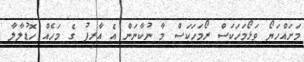
މަށައްހަޔޯ ވަޅޯމަހަކަސް ރޯމަހަކަސް މާ ނުކާނަން އެ އާރިފު ގެ މަހެއް ހޮޑުލާލާ